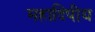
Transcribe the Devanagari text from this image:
महादिपीय